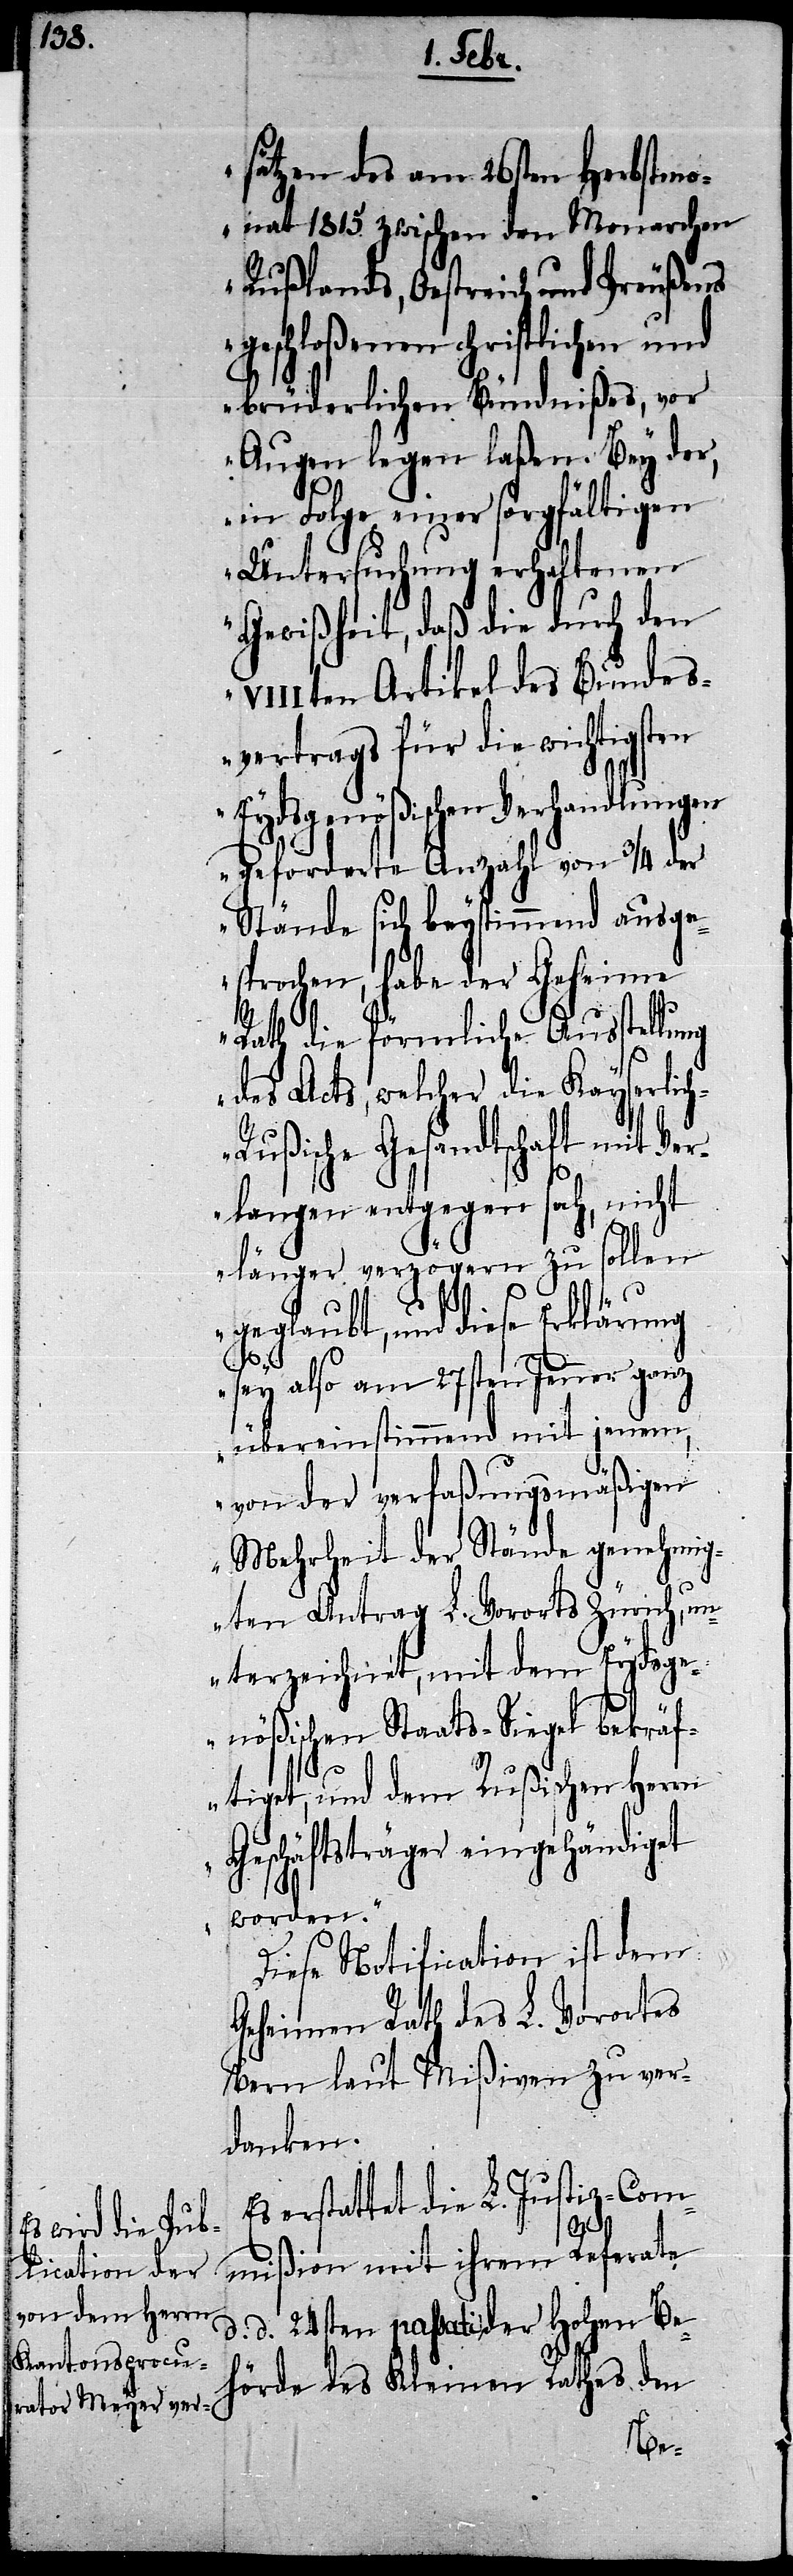
sätzen des am 26sten Herbstmo¬
nat 1815. zwischen den Monarchen
Rußlands, Oestreich und Preußens
geschloßenen christlichen und
brüderlichen Bündnißes, vor
Augen legen laßen. Bey der,
in Folge einer sorgfältigen
Untersuchung erhaltenen
Gewißheit, daß die durch den
VIIIten Artikel des Bundes¬
vertrags für die wichtigsten
Eydsgenößischen Verhandlungen
geforderte Anzahl von 3/4 der
Stände sich beystimmend ausge¬
sprochen, habe der Geheime
Rath die förmliche Ausstellung
des Acts, welcher die Kayserlic¬
ußische Gesandtschaft mit Ve¬
rlangen entgegen sah, nicht
länger verzögern zu sollen
geglaubt, und diese Erklärung
h-R¬
sey also am 27sten Jenner ganz
übereinstimmend mit jenem,
von der verfaßungsmäßigen
Mehrheit der Stände genehmig¬
ten Antrag L. Vororts Zürich, un¬
terzeichnet, mit dem Eydsge¬
d.
nößischen Staats-Siegel bekräf¬
tiget, und dem Rußischen Herrn
Geschäftsträger eingehändiget
worden.“
Diese Notification ist dem
Geheimen Rath des L. Vorortes
Bern laut Mißiven zu ver¬
danken.
erstattet die L. Justiz-Com¬
mißion mit ihrem Referate
d. 24sten passati der Hohen Be¬
hörde des kleinen Rathes den